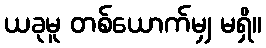
ယခုမူ တစ်ယောက်မျှ မရှိ။